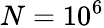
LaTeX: N=10^{6}